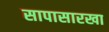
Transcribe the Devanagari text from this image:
सापासारखा